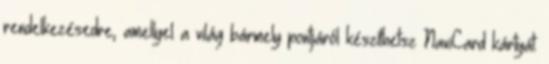
rendelkezésedre, amellyel a világ bármely pontjáról készíthetsz NaviCard kártyát.